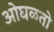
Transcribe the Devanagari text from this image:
ओघळतो